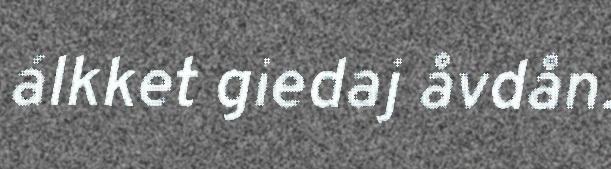
álkket giedaj åvdån.